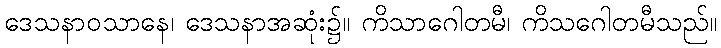
ဒေသနာဝသာနေ၊ ဒေသနာအဆုံး၌။ ကိသာဂေါတမီ၊ ကိသဂေါတမီသည်။